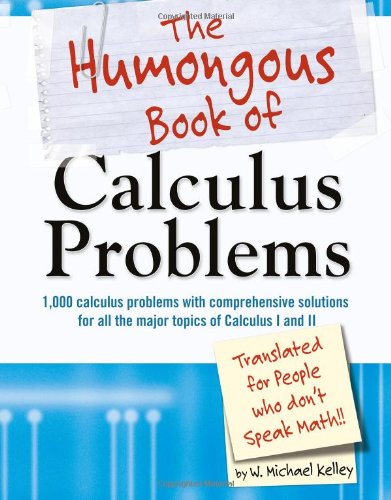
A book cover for The Humongous Book of Calculus Problems; W. Michael Kelley; Science & Math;